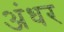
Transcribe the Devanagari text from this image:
अंधर